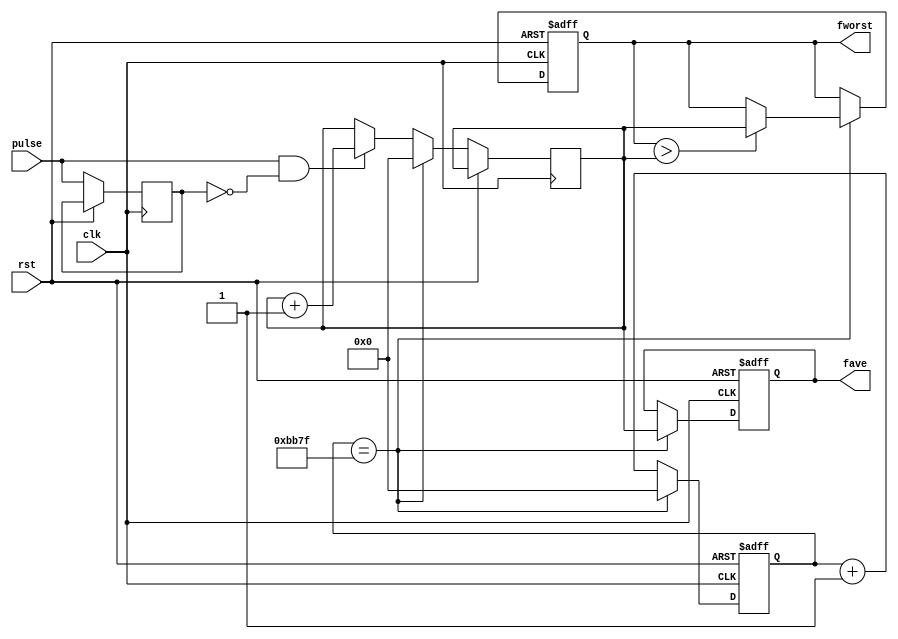
/*  This file is part of JTFRAME.
    JTFRAME program is free software: you can redistribute it and/or modify
    it under the terms of the GNU General Public License as published by
    the Free Software Foundation, either version 3 of the License, or
    (at your option) any later version.

    JTFRAME program is distributed in the hope that it will be useful,
    but WITHOUT ANY WARRANTY; without even the implied warranty of
    MERCHANTABILITY or FITNESS FOR A PARTICULAR PURPOSE.  See the
    GNU General Public License for more details.

    You should have received a copy of the GNU General Public License
    along with JTFRAME.  If not, see <http://www.gnu.org/licenses/>.

    Author: Jose Tejada Gomez. Twitter: @topapate
    Version: 1.0
    Date: 16-4-2022 */

module jtframe_freqinfo #(parameter
    KHZ   = 1,      // set to 1 to output kHz, set to 0 to output Hz   
    MFREQ = 48_000  // clk input frequency in kHz
)(
    input             rst,
    input             clk,
    input             pulse,
    output reg [15:0] fave, // average cpu_cen frequency in kHz
    output reg [15:0] fworst  // average cpu_cen frequency in kHz
);

wire cnt_event;
wire cen;

generate
    if( KHZ==1 )
        assign cen = 1;
    else begin
        // counts a full second
        // This is useful when the input signal is below 1kHz
        reg [9:0] div;
        assign cen = div==999;
        always @(posedge clk, posedge rst) begin
            if( rst ) begin
                div <= 0;
            end else begin
                div <= cen ? 10'd0 : div+10'd1;
            end
        end
    end
endgenerate

// Frequency reporting
reg [15:0] freq_cnt, fout_cnt;
reg        pulse_l;

assign cnt_event = pulse & ~pulse_l;

always @(posedge clk, posedge rst) begin
    if( rst ) begin
        freq_cnt <= 0;
        fworst   <= 16'hffff;
        fave     <= 0;
    end else begin
        pulse_l <= pulse;
        if( cen ) freq_cnt <= freq_cnt + 1'd1;
        if( cnt_event ) fout_cnt<=fout_cnt+1'd1;
        if( freq_cnt == MFREQ-1 ) begin // updated every 1ms
            freq_cnt <= 0;
            fout_cnt <= 0;
            fave <= fout_cnt;
            if( fworst > fout_cnt ) fworst <= fout_cnt;
        end
    end
end

endmodule